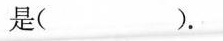
是( )。